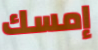
إمسك